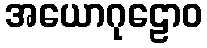
အယောဂုဠောဝ